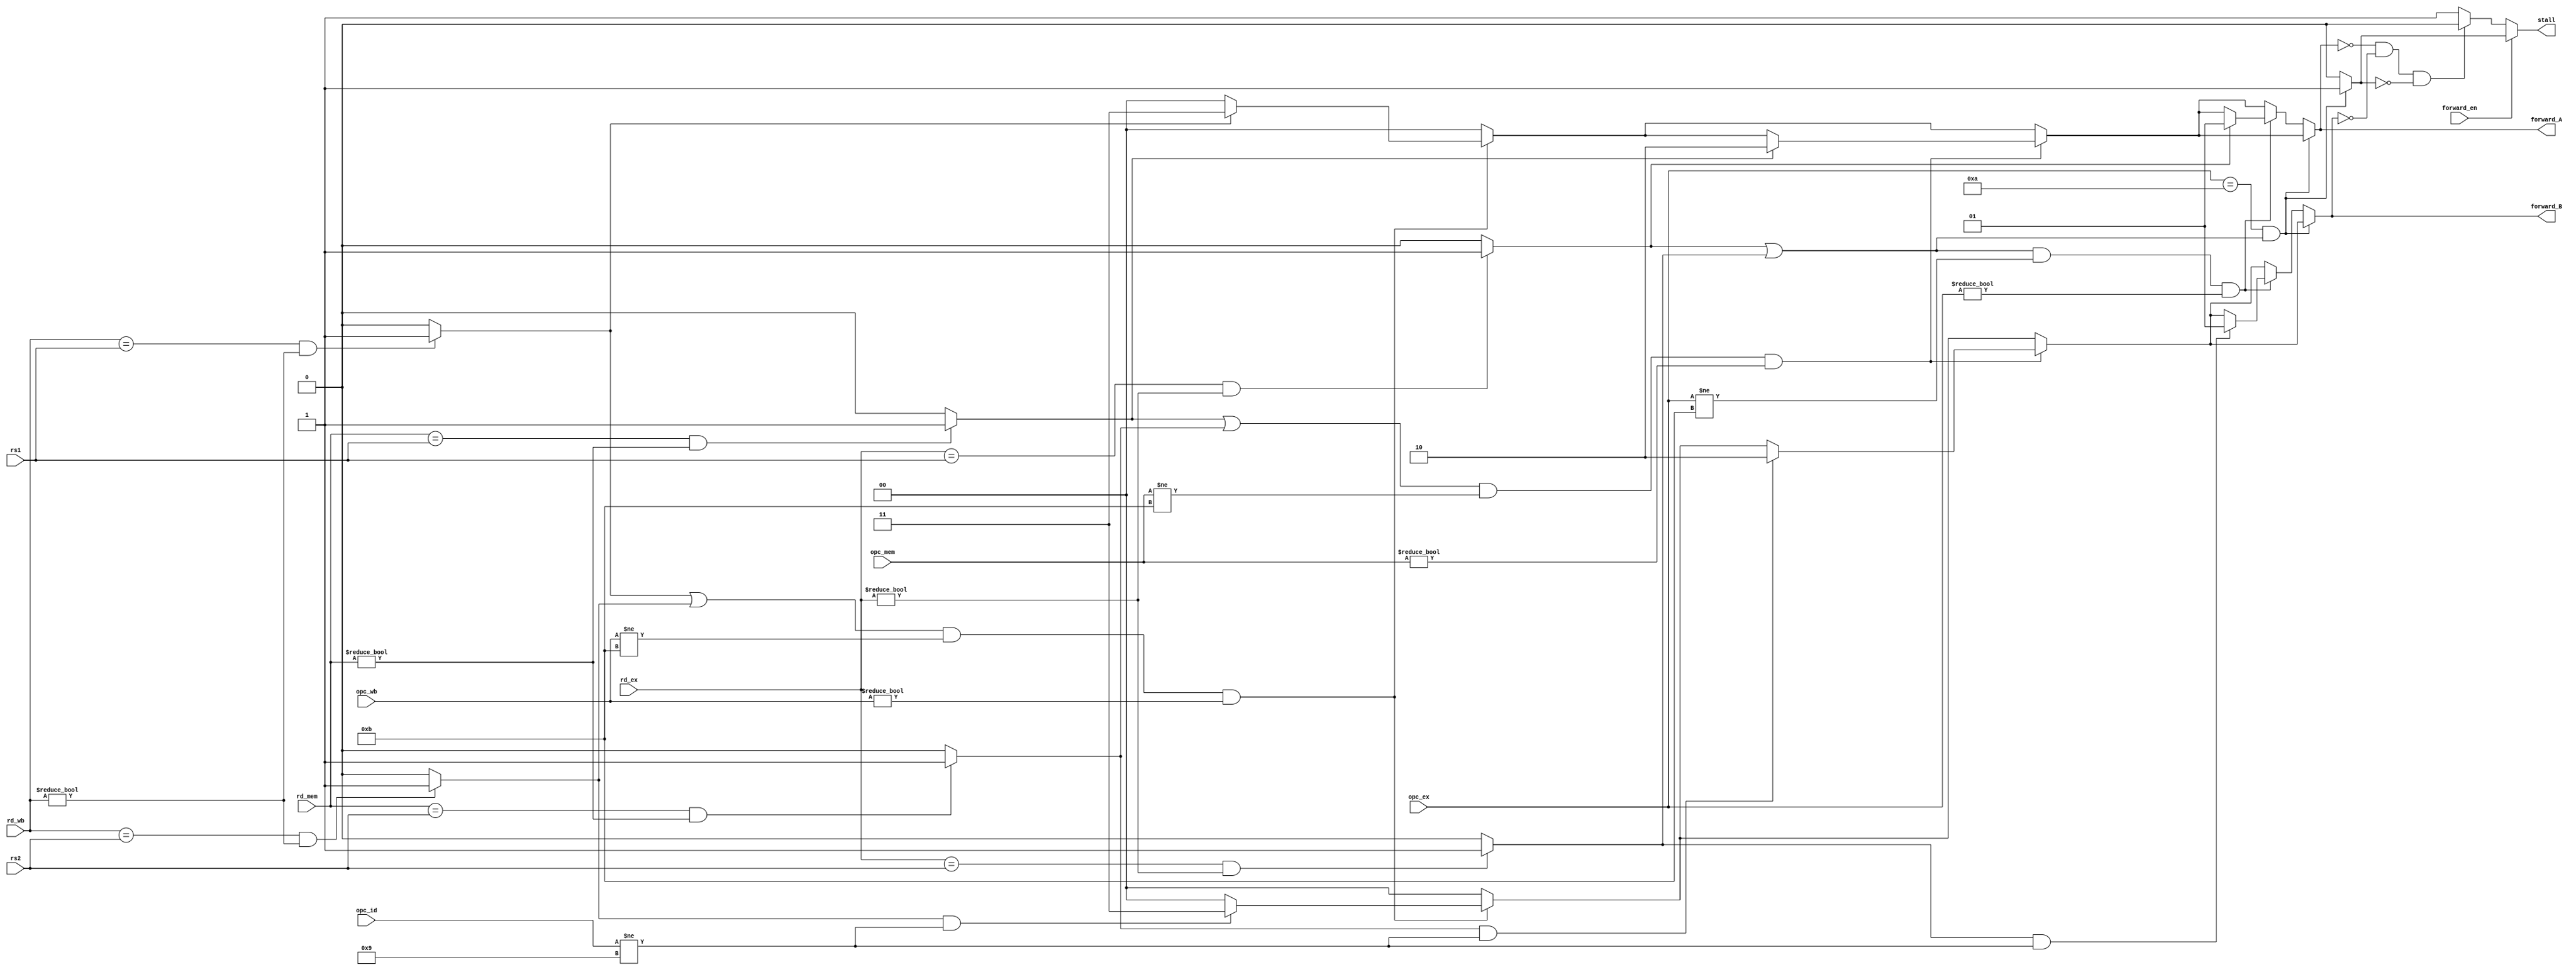
// Spring 2017, Computer Architecture

module hazard_detection(rs1, rs2, rd_ex, rd_mem, rd_wb, stall, forward_en, opc_ex,
                        forward_A, forward_B, opc_id, opc_mem, opc_wb);
  input [2:0] rs1, rs2, rd_ex, rd_mem, rd_wb;
  input forward_en;
  input [3:0] opc_ex, opc_id, opc_mem, opc_wb;
  output reg stall;
  output reg [1:0] forward_A, forward_B;
  wire hazard_ex1, hazard_ex2 , hazard_mem1, hazard_mem2, hazard_wb1, hazard_wb2, hazard;
  wire hazard_ex, hazard_mem, hazard_wb;
  assign hazard_ex1 = (rd_ex == rs1 && rd_ex != 3'b0) ? 1'b1 : 1'b0;
  assign hazard_ex2 = (rd_ex == rs2 && rd_ex != 3'b0) ? 1'b1 : 1'b0;
  assign hazard_mem1 = (rd_mem == rs1 && rd_mem != 3'b0) ? 1'b1 : 1'b0;
  assign hazard_mem2 = (rd_mem == rs2 && rd_mem != 3'b0) ? 1'b1 : 1'b0;
  assign hazard_wb1 = (rd_wb == rs1 && rd_wb != 3'b0) ? 1'b1 : 1'b0;
  assign hazard_wb2 = (rd_wb == rs2 && rd_wb != 3'b0) ? 1'b1 : 1'b0;
  assign hazard_ex = hazard_ex1 | hazard_ex2;
  assign hazard_mem = hazard_mem1 | hazard_mem2;
  assign hazard_wb = hazard_wb1 | hazard_wb2;
  assign hazard = hazard_ex | hazard_mem | hazard_wb;
  //assign stall = hazard;
  /*assign stall = (
                  (rd_ex == rs1 && rd_ex != 3'b0) ||
                  (rd_ex == rs2 && rd_ex != 3'b0) ||
                  (rd_mem == rs1 && rd_mem != 3'b0) ||
                  (rd_mem == rs2 && rd_mem != 3'b0) ||
                  (rd_wb == rs1 && rd_wb != 3'b0) ||
                  (rd_wb == rs2 && rd_wb != 3'b0)
                  ) ? 1'b1 : 1'b0;*/


  always @(rs1, rs2, rd_ex, rd_mem, rd_wb, forward_en, opc_ex)begin
    stall = 1'b0;
    forward_A = 2'b00;
    forward_B = 2'b00;
    //if(forward_en)
    //begin
      if(hazard_wb && opc_wb != 4'b1011 && opc_wb != 4'b0000)
      begin
        if(hazard_wb1)
          forward_A = 2'b11;
        if(hazard_wb2 && opc_id != 4'b1001)
          forward_B = 2'b11;
      end
      if(hazard_mem && opc_mem != 4'b1011 && opc_mem != 4'b0000)
      begin
        if(hazard_mem1)
          forward_A = 2'b10;
        if(hazard_mem2 && opc_id != 4'b1001)
          forward_B = 2'b10;
      end
      if(opc_ex == 4'b1010 && hazard_ex == 1'b1)
      begin      //LD instruction followed by any other instruction should wait until
                //LD is at mem stage
        stall = 1'b1;
      end
      else if(hazard_ex == 1'b1 && opc_ex != 4'b1011 && opc_ex != 4'b0000)
      begin
        if(hazard_ex1 == 1'b1)
          forward_A = 2'b01;
        if(hazard_ex2 == 1'b1 && opc_id != 4'b1001)
          forward_B = 2'b01;
      end
    //end


    //stall = (|forward_A | |forward_B) & (~forward_en);
    if(forward_en == 1'b0)
    begin
      if(forward_A == 2'b00 &&  forward_B == 2'b00 && stall == 1'b0)
        stall = 1'b0;
      else
        stall = 1'b1;
    end
  end
endmodule